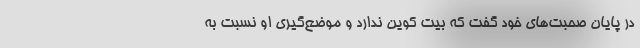
در پایان صحبت‌های خود گفت که بیت‌ کوین ندارد و موضع‌گیری او نسبت به